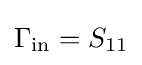
\Gamma _{\mathrm {in} }=S_{11}